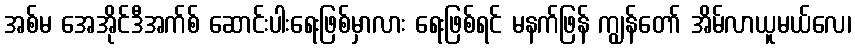
အစ်မ အေအိုင်ဒီအက်စ် ဆောင်းပါးရေးဖြစ်မှာလား ရေးဖြစ်ရင် မနက်ဖြန် ကျွန်တော် အိမ်လာယူမယ်လေ၊